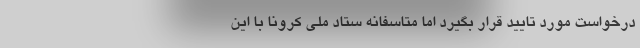
درخواست مورد تایید قرار بگیرد اما متاسفانه ستاد ملی کرونا با این